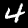
Label: 4